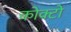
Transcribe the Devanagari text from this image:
कोक्टो